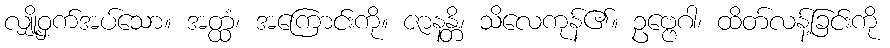
လျှို့ဝှက်အပ်သော။ အတ္ထံ၊ အကြောင်းကို။ ဇာနန္တိ၊ သိလေကုန်၏။ ဥဗ္ဗေဂါ၊ ထိတ်လန့်ခြင်းကို